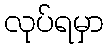
လုပ်ရမှာ